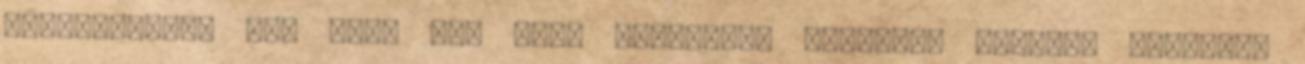
használhatók még arra is, hogy bármikor, bárkinek éltető, kreatív,